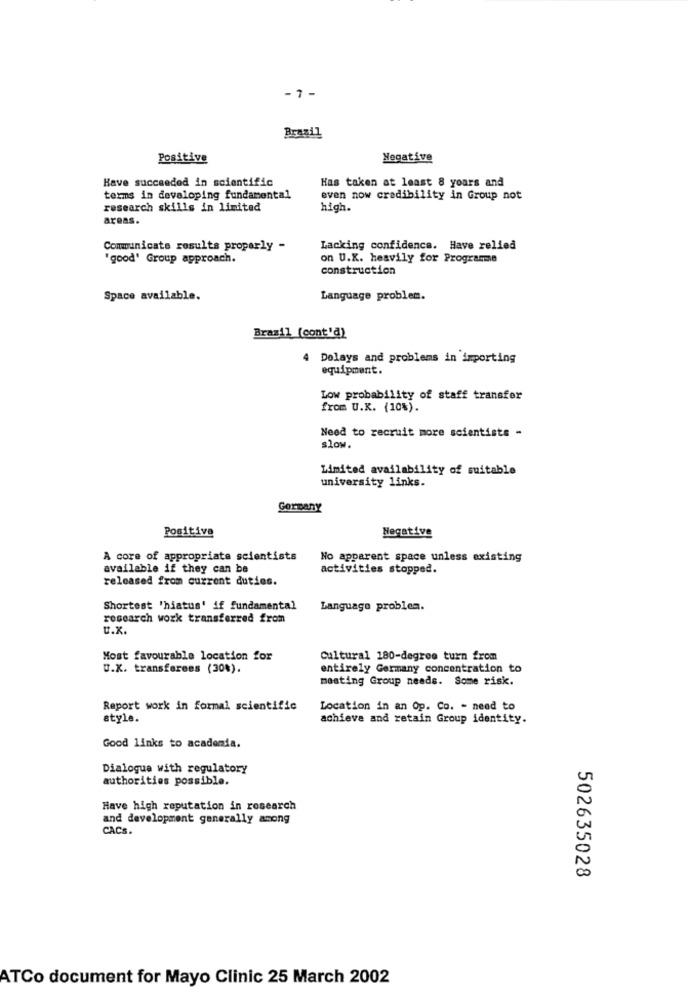
-7-
Brasil
Positive
Negative
Have succeeded in scientific
Has taken at least 8 yours and
terms in developing fundamental
even now credibility in Group not
research skills in limited
high.
areas.
Communicate results properly -
Lacking confidence. Have relied
"good' Group approach.
on U.X. heavily for Programme
construction
Space available.
Language problem.
Brazil (cont'd)
4 Delays and problems in importing
equipment.
Low probability of staff transfer
from U.K. (10%).
Need to recruit more scientists -
slow.
Limited availability of suitable
university links.
Germany
Positive
Negative
A core of appropriate scientists
No apparent space unless existing
available if they can be
activities stopped.
released from current duties.
Shortest 'hiatus' if fundamental
Language problem.
research work transferred from
u.x.
Most favourable location for
Cultural 180-degree turn from
U.K. transferees (30%).
entirely Germany concentration to
meating Group needs. Some risk.
Report work in formal scientific
Location in an Op. Co. - need to
style.
achieve and retain Group identity.
Good links to academia.
Dialogue with regulatory
authorities possible.
Have high reputation in research
and development generally among
CACS.
502635028
ATCo document for Mayo Clinic 25 March 2002